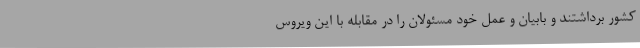
کشور برداشتند و بابیان و عمل خود مسئولان را در مقابله با این ویروس